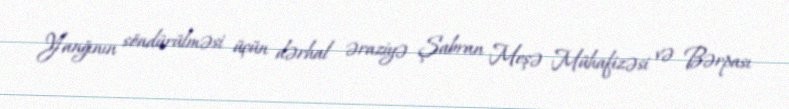
Yanğının söndürülməsi üçün dərhal əraziyə Şabran Meşə Mühafizəsi və Bərpası